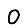
Digit: 0